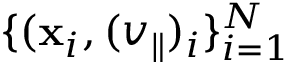
\{ ( \mathbf { x } _ { i } , ( v _ { \parallel } ) _ { i } \} _ { i = 1 } ^ { N }